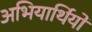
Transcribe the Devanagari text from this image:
अभियार्थियो